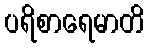
ပရိစာရေမာတိ